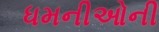
ધમનીઓની